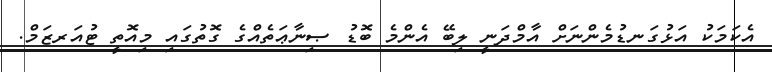
އެކަމަކު އަޅުގަނޑުމެންނަށް އާމްދަނީ ލިބޭ އެންމެ ބޮޑު ޞިނާޢަތެއްގެ ގޮތުގައި މިއޮތީ ޓުއަރޒަމް.